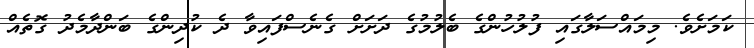
ކަމަށެވެ. މިމައްސަލާގައި ފުލުހުންގެ ބެލުމުގެ ދަށަށް ގެނެސްފައިވާ ދެ ކުދިންގެ ބަންދާމެދު ގޮތެއް